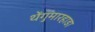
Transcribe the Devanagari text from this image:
थेंगुमारहाडा